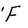
Character: F